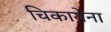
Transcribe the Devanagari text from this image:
चिकायेना